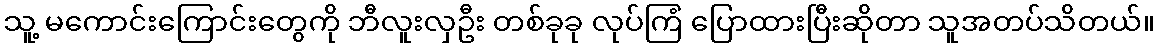
သူ့ မကောင်းကြောင်းတွေကို ဘီလူးလှဦး တစ်ခုခု လုပ်ကြံ ပြောထားပြီးဆိုတာ သူအတပ်သိတယ်။